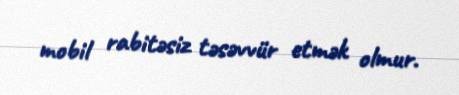
mobil rabitəsiz təsəvvür etmək olmur.